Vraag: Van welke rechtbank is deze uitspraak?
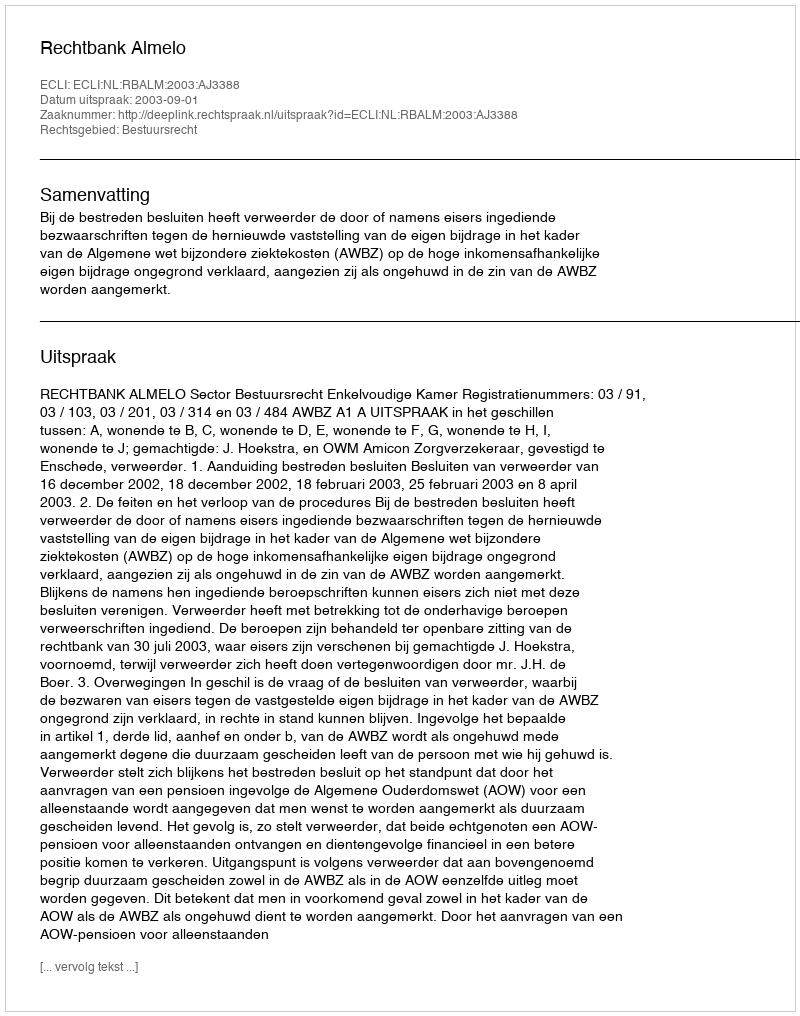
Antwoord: Rechtbank Almelo